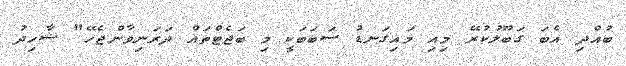
ބުއްދި އެބަ ގަބޫލުކުރޭ މިއި މައިގަނޑު ސަބަބަކީ މި ބަޖެޓްތައް ދަރަނިވާންޖެހޭ" ޝާހިދު